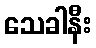
သေခါနီး